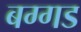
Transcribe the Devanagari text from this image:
बग्‍गड